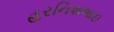
હરનિશભાઇ